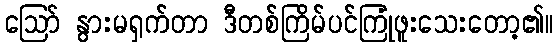
ဪ နွားမရှက်တာ ဒီတစ်ကြိမ်ပင်ကြုံဖူးသေးတော့၏။